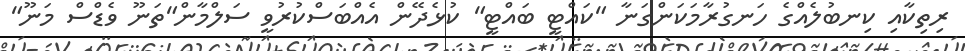
ރިތިކާއި ކިނބުލެއްގެ ހަނގުރާމަކަންގަނާ "ކައްޓީ ބައްޓީ" ކުޅެދޭން އެއްބަސްކުރުވީ ސަލްމާން"ތަނޫ ވެޑްސް މަނޫ"